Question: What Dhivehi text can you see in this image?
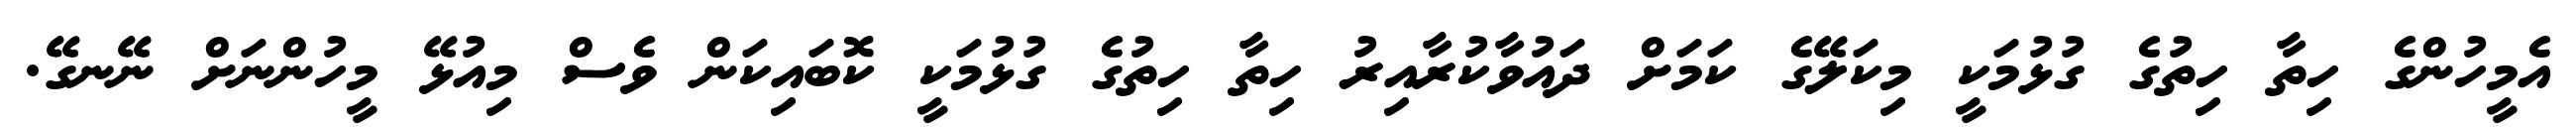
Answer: އެމީހުންގެ ހިތާ ހިތުގެ ގުޅުމަކީ މިކަލޭގެ ކަމަށް ދައުވާކުރާއިރު ހިތާ ހިތުގެ ގުޅުމަކީ ކޮބައިކަން ވެސް މިއުޅޭ މީހުންނަށް ނޭނގޭ.